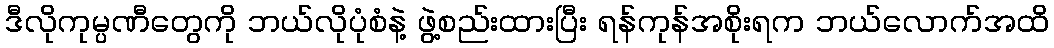
ဒီလိုကုမ္ပဏီတွေကို ဘယ်လိုပုံစံနဲ့ ဖွဲ့စည်းထားပြီး ရန်ကုန်အစိုးရက ဘယ်လောက်အထိ